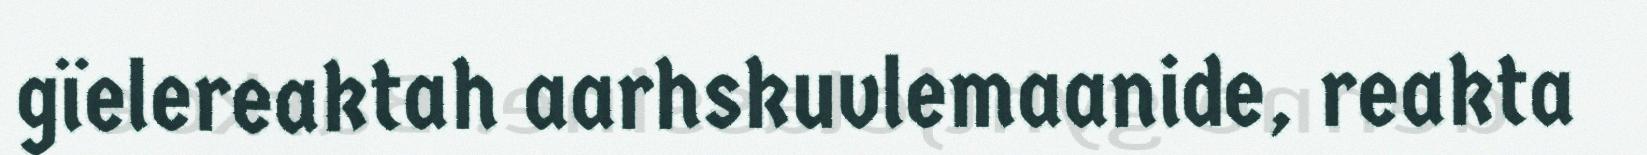
gïelereaktah aarhskuvlemaanide, reakta